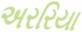
અરરિયા